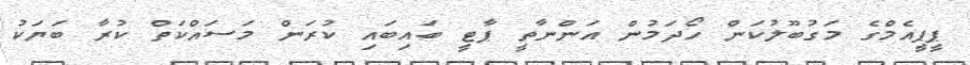
ޕީޕީއެމްގެ މަގުބޫލުކަން ހޯދަމުން އަންނާތީ ޕާޓީ ބައިބައި ކުރަން މަސައްކަތް ކުރާ ބަޔަކު